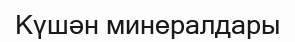
Күшән минералдары